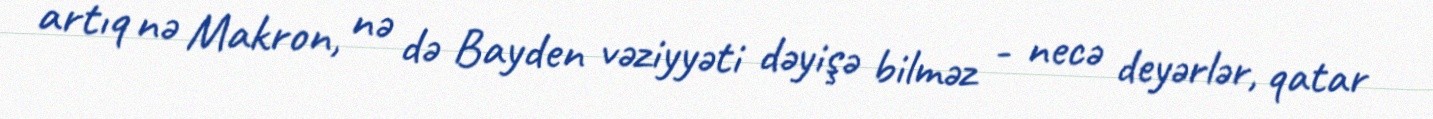
artıq nə Makron, nə də Bayden vəziyyəti dəyişə bilməz - necə deyərlər, qatar